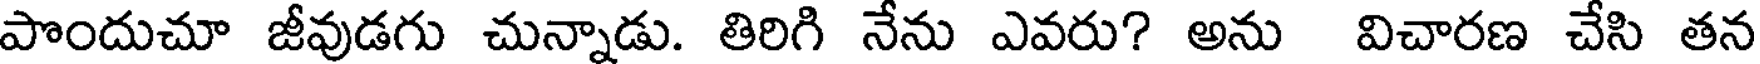
పొందుచూ జీవుడగు చున్నాడు. తిరిగి నేను ఎవరు? అను విచారణ చేసి తన